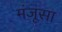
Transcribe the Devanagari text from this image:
मंजूसा